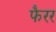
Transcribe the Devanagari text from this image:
फैरर